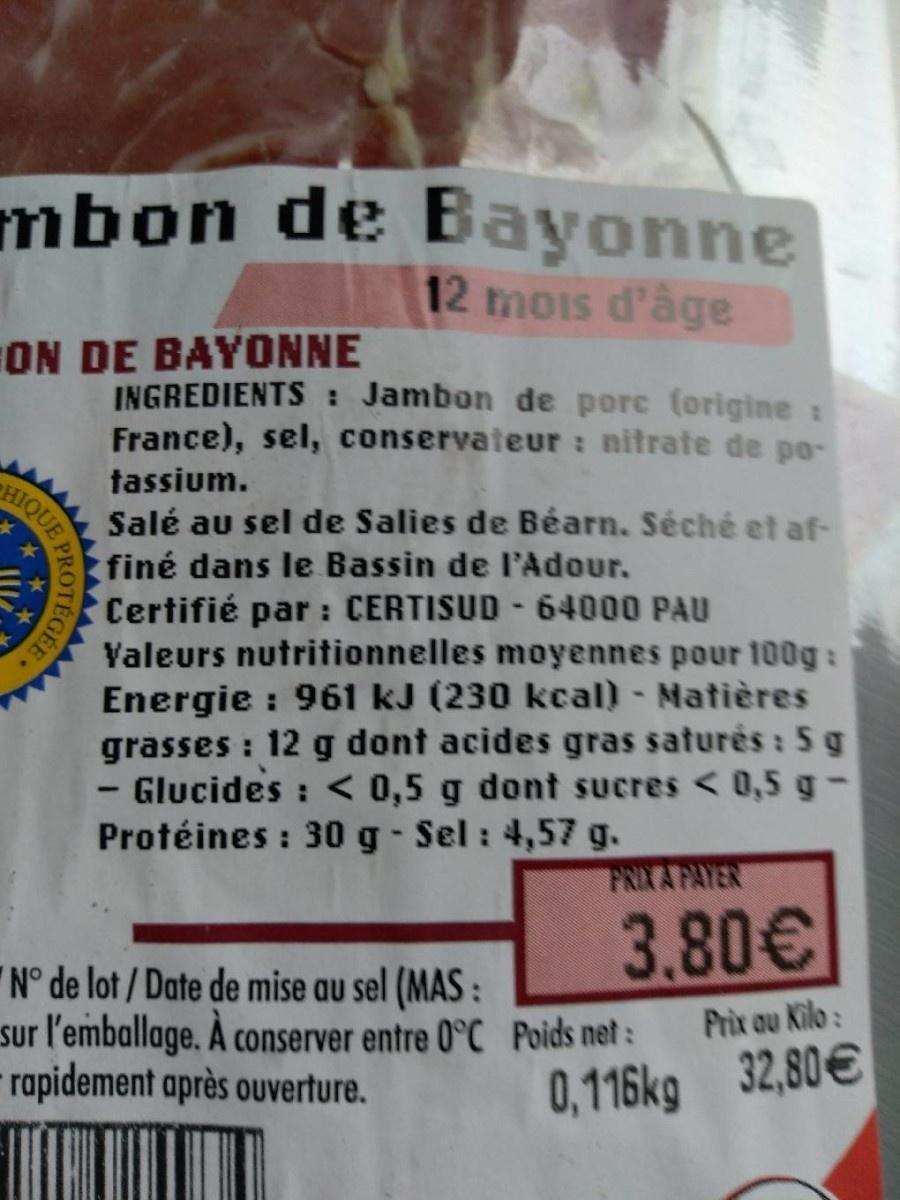
mbon de Bayonne
12 mois d'âge
ON DE BAYONNE INGREDIENTS : Jambon de porc (origine : France), sel, conservateur : nitrate de po- Salé au sel de Salies de Béarn. Séché et af- finé dans le Bassin de l'Adour. Certifié par : CERTISUD - 64000 PAU Valeurs nutritionnelles moyennes pour 100g: Energie : 961 kJ (230 kcal) - Matières grasses : 12 g dont acides gras saturés : 5g HIQUE - Glucides : < 0,5 g dont sucres < 0,5 g- Protéines : 30g- Sel : 4,57 g.
tassium.
FRIXA PAYER
3.80€
N° de lot / Date de mise au sel (MAS : sur l'emballage. À conserver entre 0°C Poids net : rapidement après ouverture.
Prix au Kilo:
0,116kg 32,80€
EGÉE